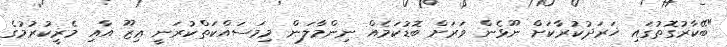
"ބޭކާރުގޮތުގައި ޚަރަދުކުރާކަށް ނޫޅެން ވަރަށް ބޮޑުކަމެއް ނިންމާލަން މިމަސައްކަތްކުރަނީ ޢިޒޫ އާއި މެރީކުރުމުގެ